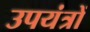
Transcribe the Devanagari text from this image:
उपयंत्रों